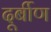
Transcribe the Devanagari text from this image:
दूर्बीण